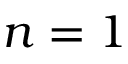
n = 1